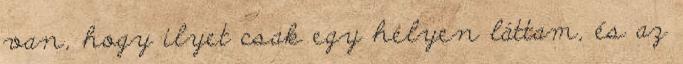
van, hogy ilyet csak egy helyen láttam, és az